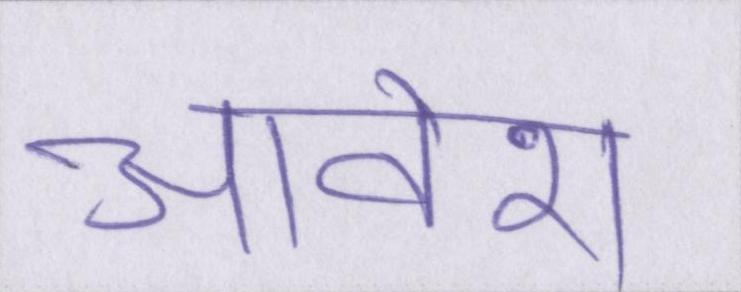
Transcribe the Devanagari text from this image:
आवेश